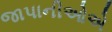
જાપાનીઓએ